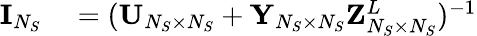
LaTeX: \begin{array}{rl}{{\mathbf{I}}_{N_{S}}}&{{}=({\mathbf{U}}_{N_{S}\times N_{S}}+{\mathbf{Y}}_{N_{S}\times N_{S}}{\mathbf{Z}}_{N_{S}\times N_{S}}^{L})^{-1}}\end{array}